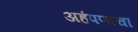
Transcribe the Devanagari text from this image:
अहंपणाचा